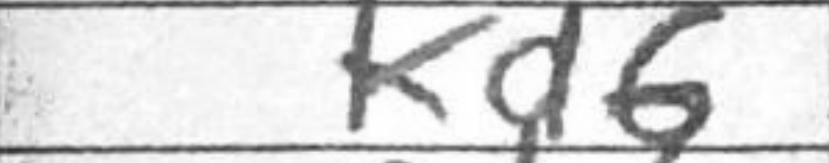
Transcription: Kd6